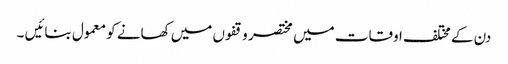
دن کے مختلف اوقات میں مختصر وقفوں میں کھانے کو معمول بنائیں ۔